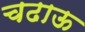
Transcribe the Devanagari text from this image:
चढाऊ